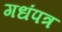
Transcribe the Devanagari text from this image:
गधंपत्र